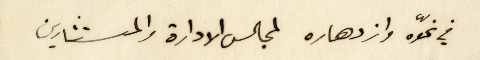
في نموّه وازدهاره لمجالس الادارة والمستشارين